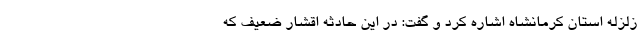
زلزله استان کرمانشاه اشاره کرد و گفت: در این حادثه اقشار ضعیف که